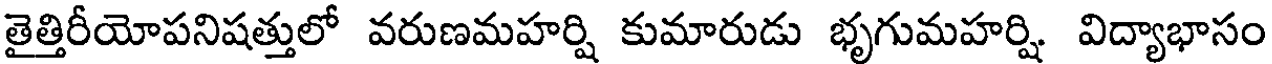
తైత్తిరీయోపనిషత్తులో వరుణమహర్షి కుమారుడు భృగుమహర్షి విద్యాభాసం